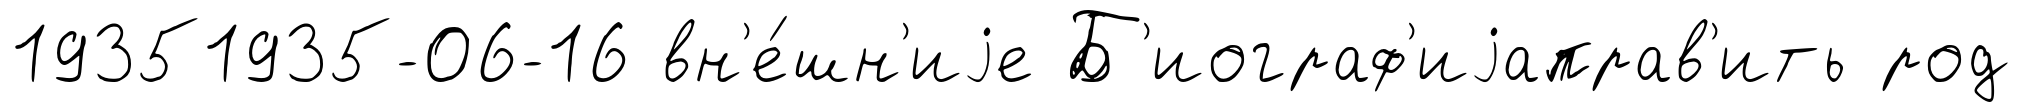
19351935-06-16 вн'е́шн'иjе Б'иограф'иjаправ'ить род